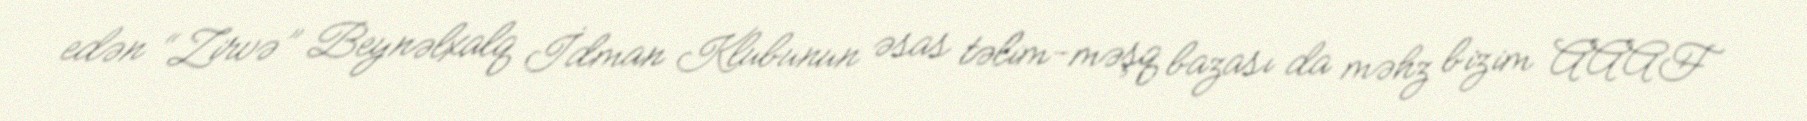
edən “Zirvə” Beynəlxalq İdman Klubunun əsas təlim-məşq bazası da məhz bizim AAAF